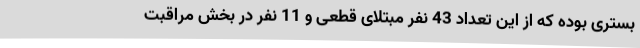
بستری بوده که از این تعداد 43 نفر مبتلای قطعی و 11 نفر در بخش مراقبت